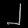
Digit: ၂